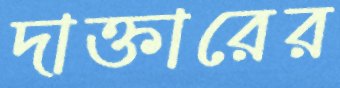
দাক্তারের